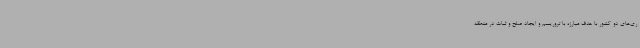
ری‌های دو کشور با هدف مبارزه با تروریسم و ایجاد صلح و ثبات در منطقه